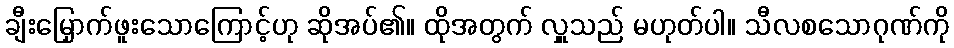
ချီးမြှောက်ဖူးသောကြောင့်ဟု ဆိုအပ်၏။ ထိုအတွက် လှူသည် မဟုတ်ပါ။ သီလစသောဂုဏ်ကို